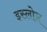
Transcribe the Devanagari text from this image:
इस्लोन